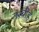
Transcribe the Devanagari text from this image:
तश्बीह